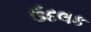
ઉદલક